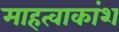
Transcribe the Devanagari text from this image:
माहत्वाकांश